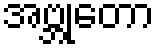
အဗ္ဘုတော